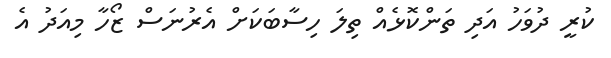
ކުރީ ދުވަހު އަދި ތަންކޮޅެއް ތިލަ ހިސާބަކަށް އެރުނަސް ޒޯހާ މިއަދު އެ